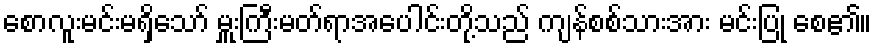
စောလူးမင်းမရှိသော် မှူးကြီးမတ်ရာအပေါင်းတို့သည် ကျန်စစ်သားအား မင်းပြု စေ၏။